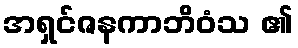
အရှင်ဇနကာဘိဝံသ ၏